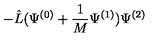
- \hat { L } ( \Psi ^ { ( 0 ) } + \frac { 1 } { M } \Psi ^ { ( 1 ) } ) \Psi ^ { ( 2 ) }